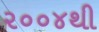
૨૦૦૪થી